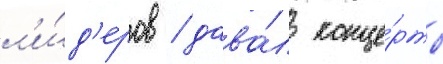
л'и́д'еров / дава́л конце́рты